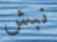
نبش